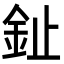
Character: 䤠